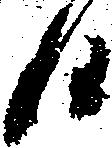
候